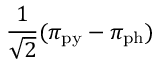
\frac { 1 } { \sqrt { 2 } } ( \pi _ { \mathrm { p y } } - \pi _ { \mathrm { p h } } )